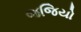
જજિયો